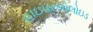
હાઇપરબોલોઇડ